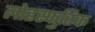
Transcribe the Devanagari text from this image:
लोहस्फुरिक